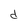
Character: d